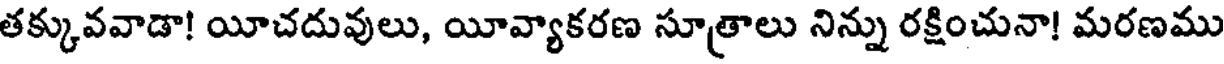
తక్కువవాడా! యీచదువులు, యీవ్యాకరణ సూత్రాలు నిన్ను రక్షించునా! మరణము